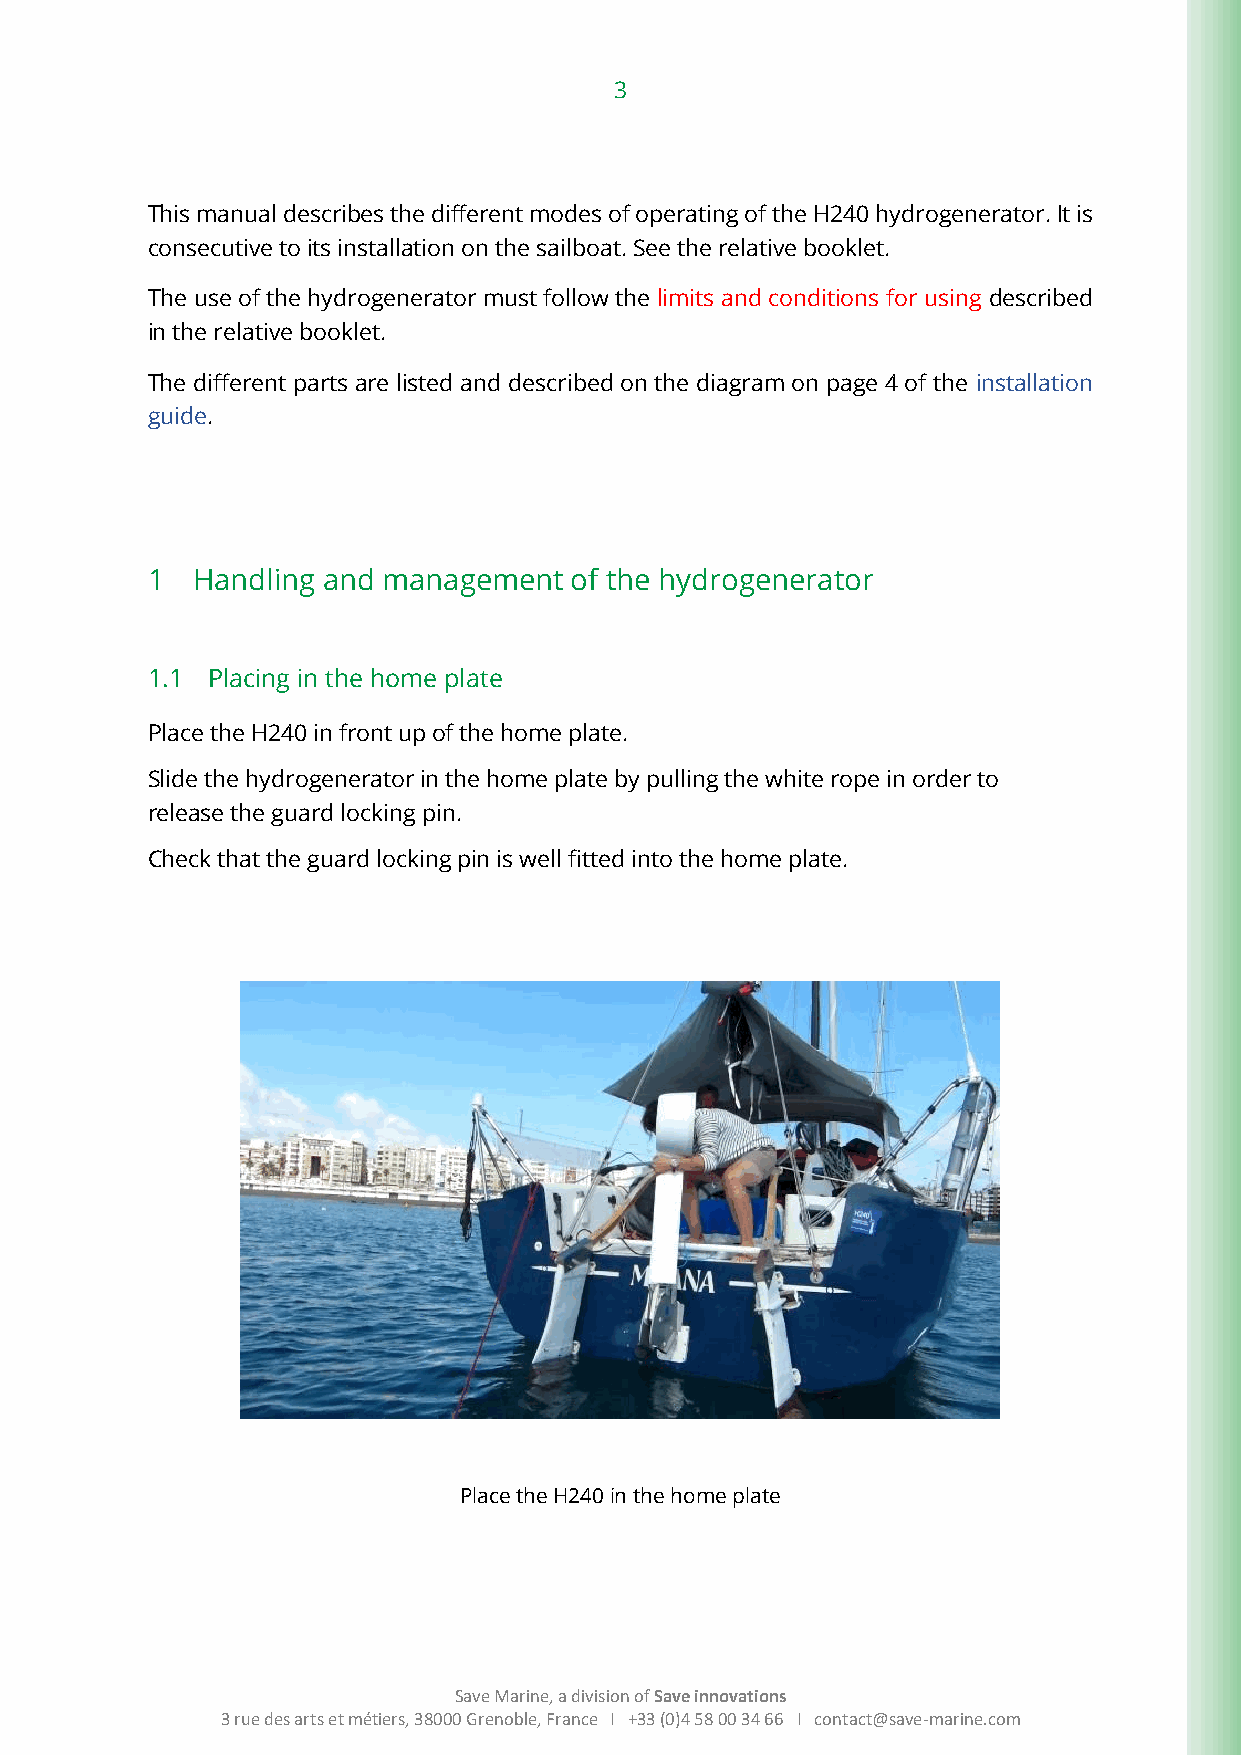
3
 This manual describes the different modes of operating of the H240 hydrogenerator. It is
 consecutive to its installation on the sailboat. See the relative booklet.
 The use of the hydrogenerator must follow the limits and conditions for using described
 in the relative booklet.
 The different parts are listed and described on the diagram on page 4 of the installation
 guide.
 1  Handling and management  of the hydrogenerator
 1.1 Placing in the home plate
 Place the H240 in front up of the home plate.
 Slide the hydrogenerator in the home plate by pulling the white rope in order to
 release the guard locking pin.
 Check that the guard locking pin is well fitted into the home plate.
 Place the H240 in the home plate
 Save Marine, a division of Save innovations
 3 rue des arts et métiers, 38000 Grenoble, France I +33 (0)4 58 00 34 66 I contact@save-marine.com